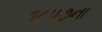
૧૮પ૭ના